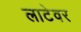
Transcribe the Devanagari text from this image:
लाटेवर